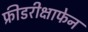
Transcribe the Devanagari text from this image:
फ्रीडरीक्षाफेन